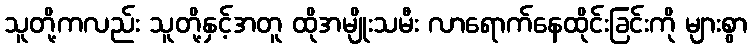
သူတို့ကလည်း သူတို့နှင့်အတူ ထိုအမျိုးသမီး လာရောက်နေထိုင်းခြင်းကို များစွာ